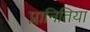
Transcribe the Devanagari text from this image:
प्लानितिया